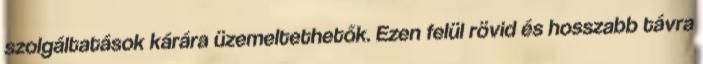
szolgáltatások kárára üzemeltethetők. Ezen felül rövid és hosszabb távra